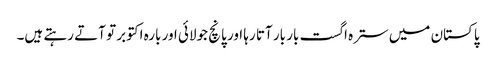
پاکستان میں سترہ اگست بار بار آتا رہا اور پانچ جولائی اور بارہ اکتوبر تو آتے رہتے ہیں۔